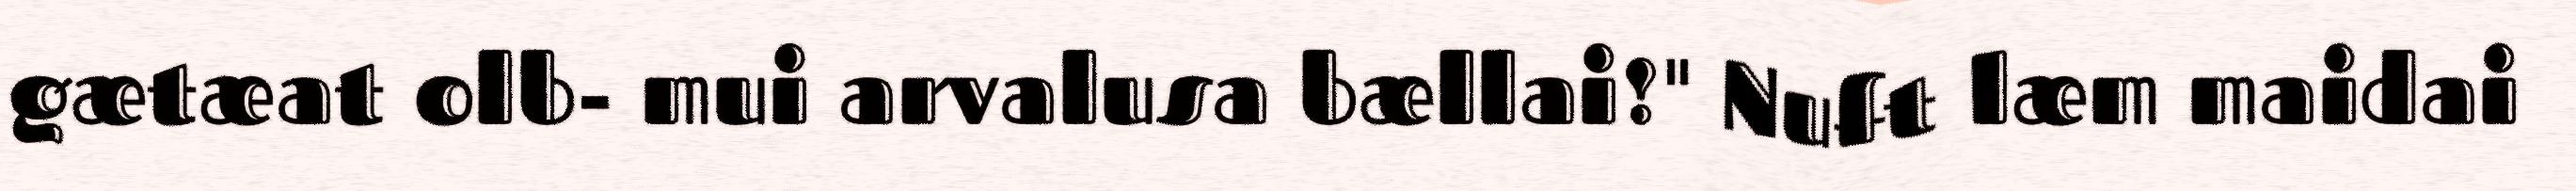
gætæat olb- mui arvalusa bællai!" Nuft læm maidai